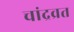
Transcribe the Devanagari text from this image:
चांद्रव्रत